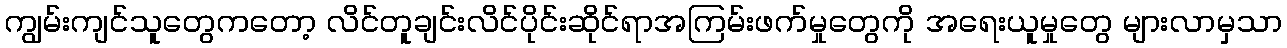
ကျွမ်းကျင်သူတွေကတော့ လိင်တူချင်းလိင်ပိုင်းဆိုင်ရာအကြမ်းဖက်မှုတွေကို အရေးယူမှုတွေ များလာမှသာ